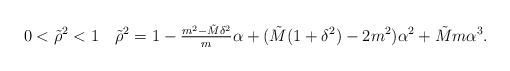
LaTeX: \begin{align*}0 < \tilde \rho^2 < 1\quad\tilde \rho^2 = 1-\tfrac{m^2-\tilde M \delta^2}{m}\alpha+(\tilde M(1+\delta^2)-2m^2) \alpha^2+\tilde M m\alpha^3.\end{align*}